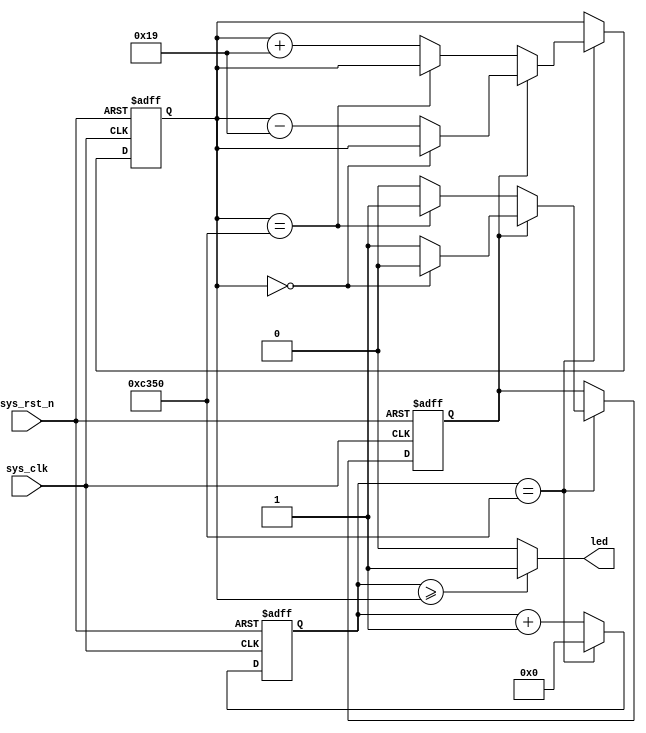
//****************************************Copyright (c)***********************************//
//www.yuanzige.com
//www.openedv.com
//http://openedv.taobao.com
//""ZYNQ & FPGA & STM32 & LINUX
//
//Copyright(C)  2018-2028
//All rights reserved
//----------------------------------------------------------------------------------------
// File name:           breath_led
// Last modified Date:  201941615:40:09
// Last Version:        V1.0
// Descriptions:        
//----------------------------------------------------------------------------------------
// Created by:          
// Created date:        201941615:40:09
// Version:             V1.0
// Descriptions:        The original version
//
//----------------------------------------------------------------------------------------
// Modified by:		    
// Modified date:
// Version:
// Descriptions:
//
//----------------------------------------------------------------------------------------
//****************************************************************************************//

module breath_led(
    input   sys_clk   ,  //50Mhz
    input   sys_rst_n ,  //

    output  led          //LED
);

//reg define
reg  [15:0]  period_cnt ;   //1khz :1ms  :1ms/20ns=50000
reg  [15:0]  duty_cycle ;   //
reg          inc_dec_flag ; //0   1 

//*****************************************************
//**                  main code
//*****************************************************

//LED
assign   led = (period_cnt >= duty_cycle) ?  1'b1  :  1'b0;

//
always @(posedge sys_clk or negedge sys_rst_n) begin
    if(!sys_rst_n)
        period_cnt <= 16'd0;
    else if(period_cnt == 16'd50000)
        period_cnt <= 16'd0;
    else
        period_cnt <= period_cnt + 1'b1;
end

//
always @(posedge sys_clk or negedge sys_rst_n) begin
    if(!sys_rst_n) begin
        duty_cycle   <= 16'd0;
        inc_dec_flag <= 1'b0;
    end
    else begin
        if(period_cnt == 16'd50000) begin    //1ms
            if(inc_dec_flag == 1'b0) begin   //
                if(duty_cycle == 16'd50000)  //
                    inc_dec_flag <= 1'b1;    //
                else                         //25
                    duty_cycle <= duty_cycle + 16'd25;
            end
            else begin                       //
                if(duty_cycle == 16'd0)      //0
                    inc_dec_flag <= 1'b0;    //
                else                         //25
                    duty_cycle <= duty_cycle - 16'd25;
            end
        end
    end
end

endmodule